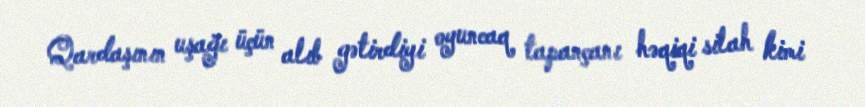
Qardaşının uşağı üçün alıb gətirdiyi oyuncaq tapançanı həqiqi silah kimi